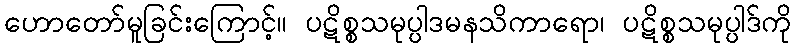
ဟောတော်မူခြင်းကြောင့်။ ပဋိစ္စသမုပ္ပါဒမနသိကာရော၊ ပဋိစ္စသမုပ္ပါဒ်ကို